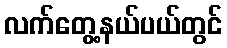
လက်တွေ့နယ်ပယ်တွင်